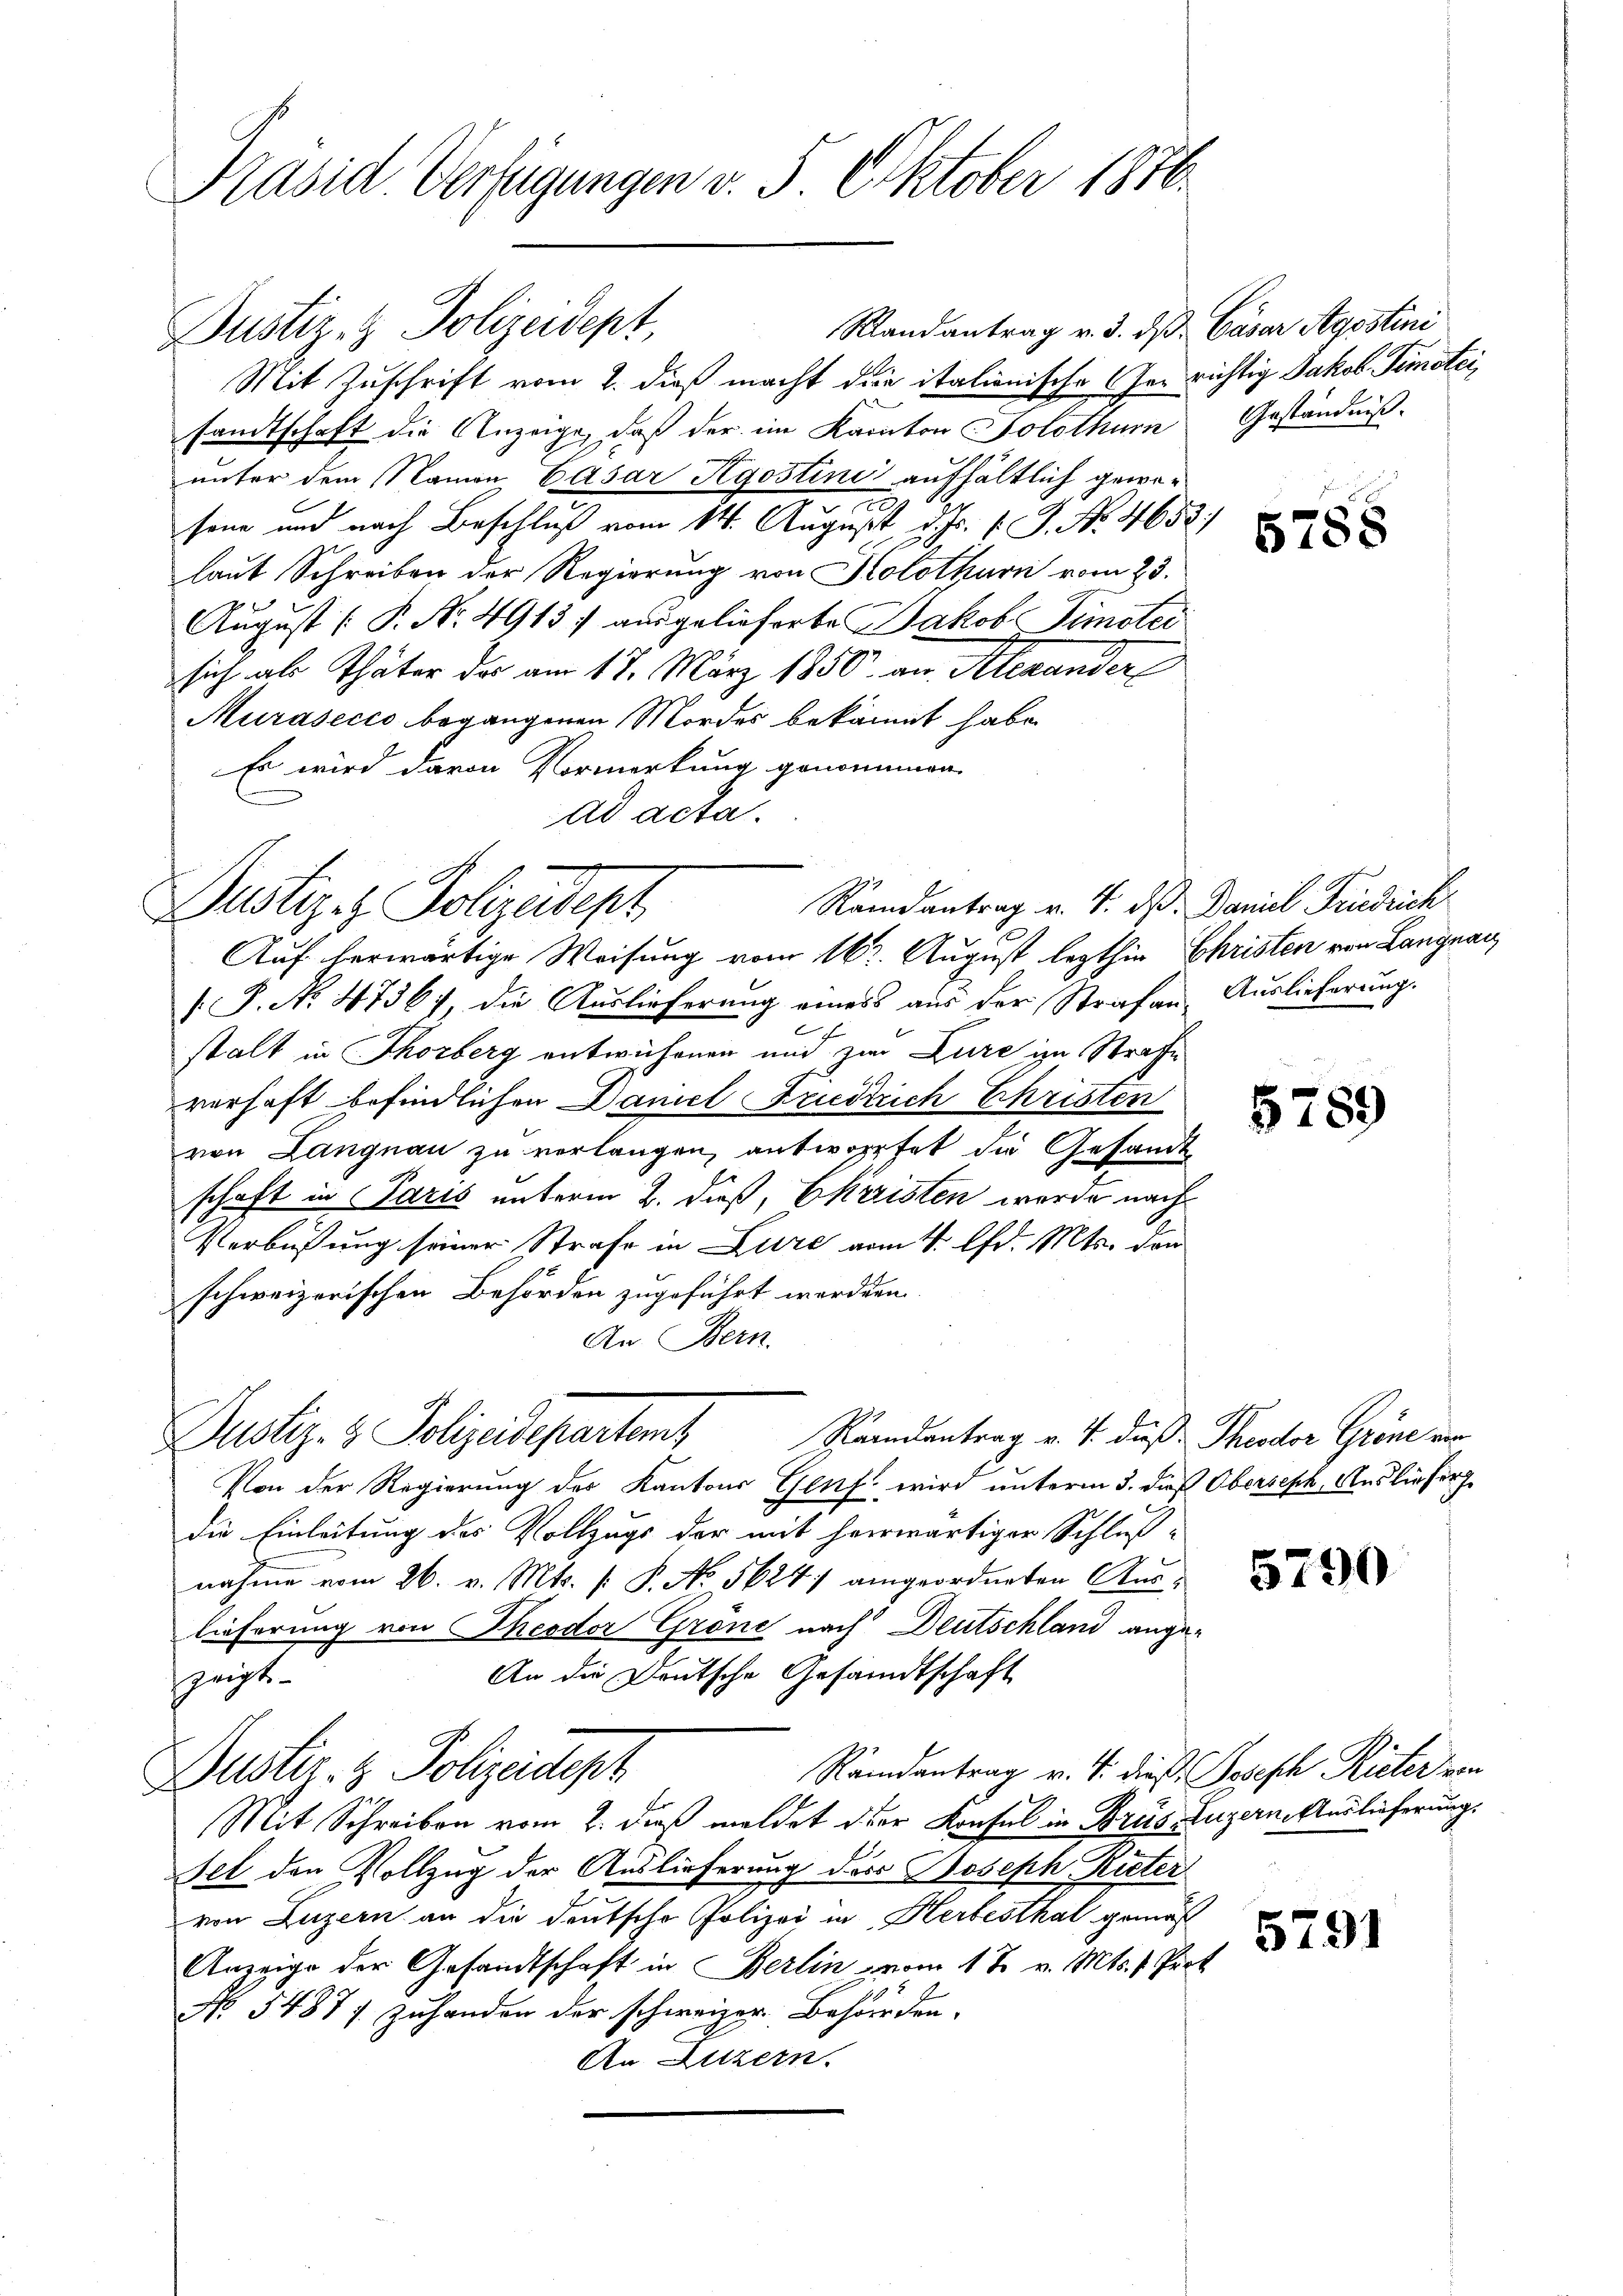
Präsid. Verfügungen v. 5. Oktober 1876.

Justiges Polizeidept

Justiz- & Polizeidept,

Dustiz- & Polizeidepartem Randentrag v. 4. daß Theater Gröne von

Randantrag v. 3. ds. Caser Agostini
Mit Zuschrift vom 2. dieß macht die italionische Gerichtig Jakob Temotei,
sandtschaft die Anzeige, daß der im Kanton Solothurn
unter dem Namen Casar Kgostini aufhältlich gewe¬
.
sene und nach Beschluß vom 14. August d. Js. v. J. No. 4653
laut Schreiben der Regierung von Kolothurn vom 23.
August [P. Nr. 4913) ausgelieferte Jakob Simotei
sich als Thäter der am 17. März 1850. an Alexander
Murásecio begangenen Mordes bekannt habe.
Es wird davon Vormerkung genommen
ad acta.

Randantrag v. 4. ds. Daniel Friedrich
Auf herwärtige Weisung vom 16t August lezthin Christen von Langnag
.P. No. 4736), die Auslieferung eines aus der Strafen Auslieferung.
stalt in Thorberg entwickenen und zur Zure ihn Strafe
verhaft befindlichen Daniel Friedrich Christen
von Langnau zu verlangen, antworfet die Gesandt
schaft in Paris unterm 2. dieß, Ekreisten werde nach
Verbüßung seiner Strafe in Lure vom 4. d. Mts. den
schweizerischen Behörden zugeführt werden.
An Bern.
Von der Regierung des Kantons Genf wird unterm 3. dieß Oberseph, Ausliefer
die Einleitung des Vollzugs der mit herwärtiger Schluß-
nahme vom 26. v. Mts. /: P. No. 5624) angeordneten Auslieferung von Theodor Gröne nach Deutschland ange-
An die Deutsche Gesandtschaft
speist
Randantrag v. 4. dieß Joseph Rieter von
Dustiz- & Polizeidept
Mit Schreiben vom 2. dieß meldet der Konsul in Brus Luzern Auslieferung.
Fel den Vollzug der Auslieferung des Joseph Rieter
von Luzern an die deutsche Polizei in Herbesthal gemäß
Anzeige der Gesandtschaft in Berlin vom 1 t v. Mts. f. Prot
No. 5487 f. zuhanden der schweizer Behörden.
An Luzern.

Geständnis.

1

5788

5789

5790

5791